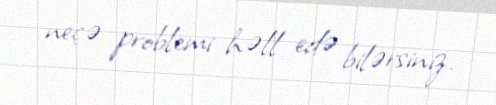
neçə problemi həll edə bilərsiniz.